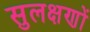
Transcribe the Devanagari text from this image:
सुलक्षणों